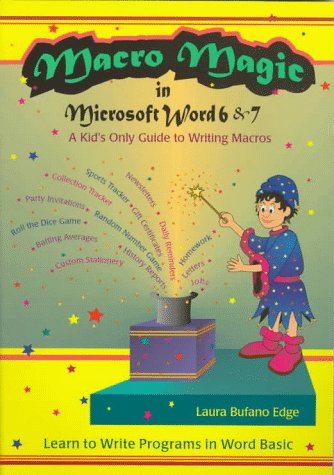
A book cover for MacRo Magic in Microsoft Word 6 & 7: A Kid's Only Guide to Writing MacRos : Learn to Write Programs in Wordbasic; Laura Bufano Edge; Children's Books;